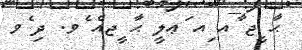
ޙާ ީޖ ާއ ިއ ަޢލީ ޙާ ީޖއެ ެވ. ދި ެވ